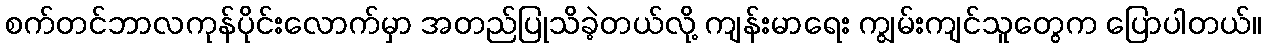
စက်တင်ဘာလကုန်ပိုင်းလောက်မှာ အတည်ပြုသိခဲ့တယ်လို့ ကျန်းမာရေး ကျွမ်းကျင်သူတွေက ပြောပါတယ်။